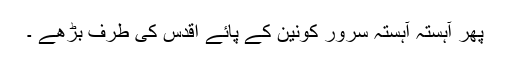
پھر آہستہ آہستہ سرور کونینؐ کے پائے اقدس کی طرف بڑھے ۔